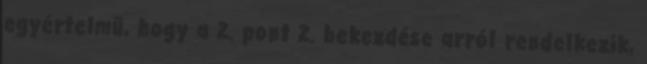
egyértelmű, hogy a 2. pont 2. bekezdése arról rendelkezik,